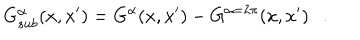
G _ { s u b } ^ { \alpha } ( x , x ^ { \prime } ) = G ^ { \alpha } ( x , x ^ { \prime } ) - G ^ { \alpha = 2 \pi } ( x , x ^ { \prime } ) .